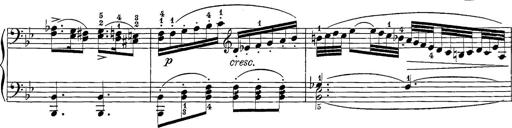
Title: 12 Sonatine per Pianoforte
Composer: Friedrich Kuhlau